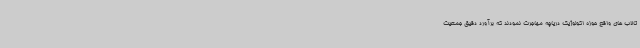
تالاب های واقع حوزه اکولوژیک دریاچه مهاجرت نمودند که برآورد دقیق جمعیت